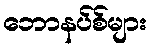
ဘောနပ်စ်များ